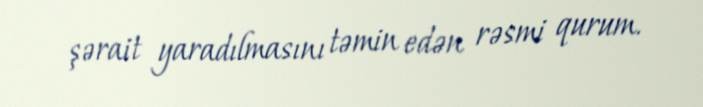
şərait yaradılmasını təmin edən rəsmi qurum.